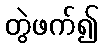
တွဲဖက်၍